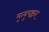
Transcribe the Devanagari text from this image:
मृत्युपश्चात्‌